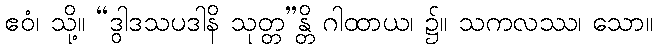
ဧဝံ၊ သို့။ “ဒွါဒသပဒါနိ သုတ္တ”န္တိ ဂါထာယ၊ ၌။ သကလဿ၊ သော။